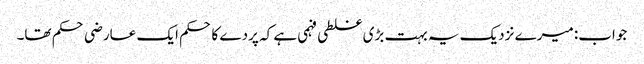
جواب: میرے نزدیک یہ بہت بڑی غلطی فہمی ہے کہ پردے کا حکم ایک عارضی حکم تھا۔